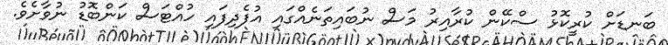
ބަނޑަށް ކުރީކޮޅު ސްކޭން ކުރާއިރު މަސް ނުބައިތަނެއްގައި އުފެދިފައި ހުއްޓަސް ކަންބޮޑު ނުވާށެވެ.